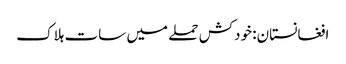
افغانستان: خودکش حملے میں سات ہلاک